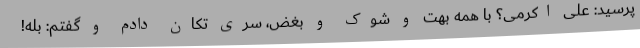
پرسید: علی اکرمی؟ با همه بهت و شوک و بغض، سری تکان دادم و گفتم: بله!